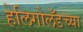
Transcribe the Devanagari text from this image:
हेलिगोलँडच्या